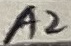
Text: A2